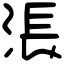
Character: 涱